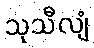
သုသီလျံ